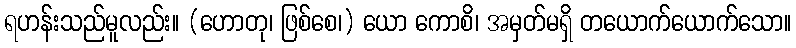
ရဟန်းသည်မူလည်း။ (ဟောတု၊ ဖြစ်စေ၊) ယော ကောစိ၊ အမှတ်မရှိ တယောက်ယောက်သော။